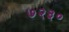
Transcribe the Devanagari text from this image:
७२३०